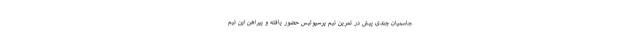
جاسمیان چندی پیش در تمرین تیم پرسپولیس حضور یافته و پیراهن این تیم